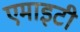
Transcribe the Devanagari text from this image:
एमाइटी